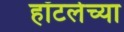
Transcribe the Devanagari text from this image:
हॉटलेच्या